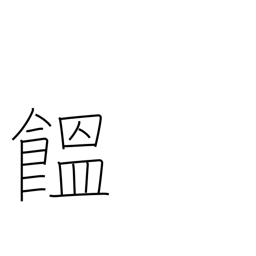
Meaning: Japanese noodles